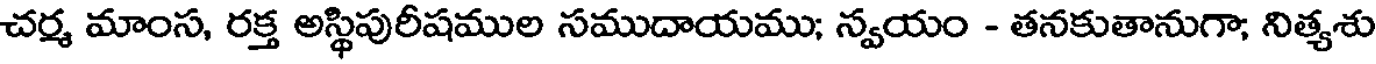
చర్మ మాంస, రక్త అస్థిపురీషముల సముదాయము; న్వయం - తనకుతానుగా; నిత్యశు